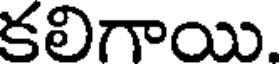
కలిగాయి.